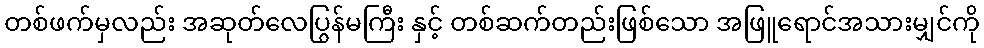
တစ်ဖက်မှလည်း အဆုတ်လေပြွန်မကြီး နှင့် တစ်ဆက်တည်းဖြစ်သော အဖြူရောင်အသားမျှင်ကို